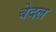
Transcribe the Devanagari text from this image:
बेदल